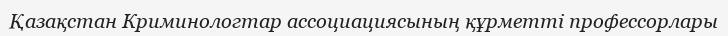
Қазақстан Криминологтар ассоциациясының құрметті профессорлары